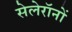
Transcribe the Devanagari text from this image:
सेलेरॉनों